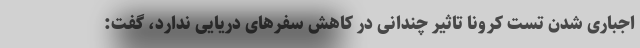
اجباری شدن تست کرونا تاثیر چندانی در کاهش سفرهای دریایی ندارد، گفت: